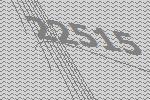
22515